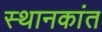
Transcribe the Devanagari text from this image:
स्थानकांत